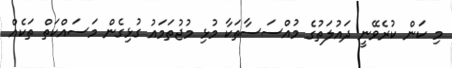
މި ކަން ކުރެވޭނީ ދައުލަތުގެ މުއްސަސާތަކާ މުޅި މުޖުތަމައު ގުޅިގެން މަސައްކަތް ތަކެއް